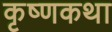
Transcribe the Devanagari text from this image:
कृष्णकथा